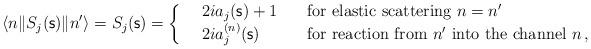
LaTeX: \begin{align*}\langle n \| S_j({\mathsf s})\| n'\rangle=S_j({\mathsf s})= \left\{ \begin{array}{lll} &2ia_j({\mathsf s})+1 \quad &\mbox{for elastic scattering $n=n '$} \\ &2ia_j^{(n)}({\mathsf s}) \quad &\mbox{for reaction from $n'$ into the channel $n$} \, , \end{array} \right. \end{align*}